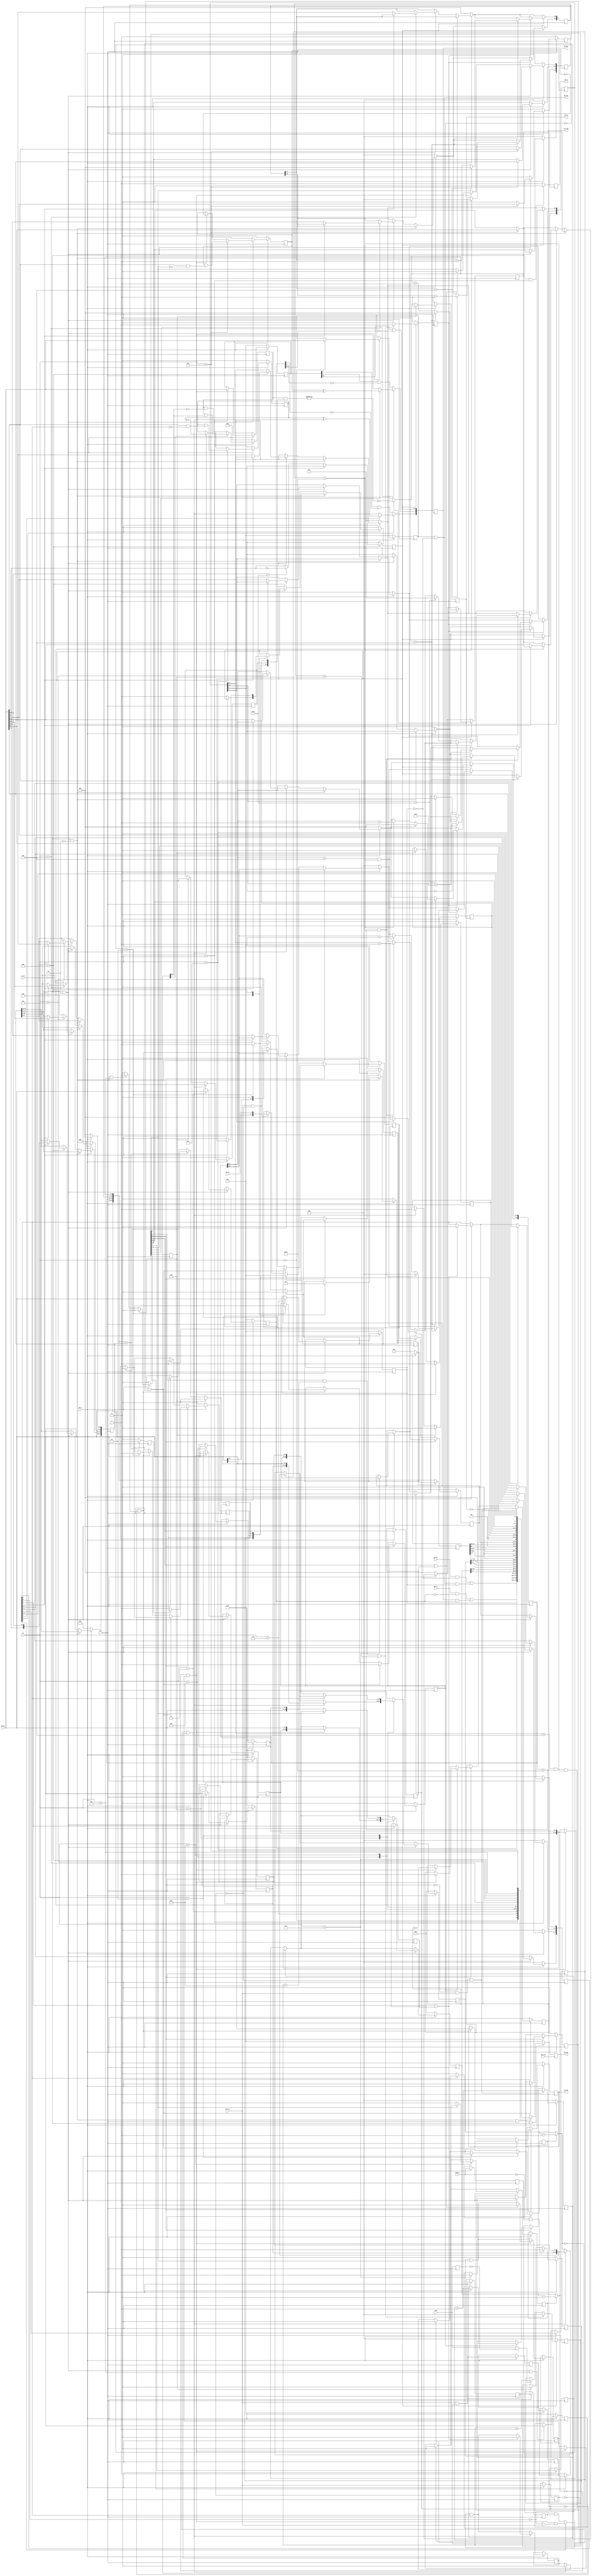

// MOS6526
// by Rayne
// Timers & Interrupts are rewritten by slingshot
// Passes all Lorenz CIA Timer tests
// Passes all CIA tests from VICE, except dd0dtest

module mos6526 (
           input wire dot_clk,
           input  wire       clk,
           input  wire       res_n,
           input  wire       cs_n,
           input  wire       rw,

           input  wire [3:0] rs,
           input  wire [7:0] db_in,
           output reg [7:0] db_out,

           input  wire [7:0] pa_in,
           output [7:0] pa_out,
           input  wire [7:0] pb_in,
           output reg  [7:0] pb_out,

           input  wire       flag_n,
           output reg        pc_n,

           input  wire       tod,

           input  wire       sp_in,
           output reg        sp_out,

           input  wire       cnt_in,
           output reg        cnt_out,

           output reg        irq_n
       );

// Internal Registers
reg [7:0] imr_reg;

reg [7:0] pra;
reg [7:0] prb;
reg [7:0] ddra;
reg [7:0] ddrb;

reg [7:0] ta_lo;
reg [7:0] ta_hi;
reg [7:0] tb_lo;
reg [7:0] tb_hi;

reg [3:0] tod_10ths;
reg [6:0] tod_sec;
reg [6:0] tod_min;
reg [5:0] tod_hr;

reg [7:0] sdr;
reg [4:0] imr;
reg [4:0] icr;
reg timer_b_int; // for Timer B bug
reg [7:0] cra;
reg [7:0] crb;

// Internal Signals
reg        flag_n_prev;

reg [15:0] timer_a;
reg [15:0] timer_b;

reg        tod_prev;
reg        tod_run;
reg [ 2:0] tod_count;
reg        tod_tick;
reg [23:0] tod_alarm;
reg        tod_alarm_reg;
reg [23:0] tod_latch;
reg        tod_latched;

reg        sp_pending;
reg        sp_received;
reg        sp_transmit;
reg [ 7:0] sp_shiftreg;

reg        cnt_in_prev;
reg        cnt_out_prev;
reg [ 2:0] cnt_pulsecnt;

reg        int_reset;
reg countA0, countA1, countA2, countA3, loadA1, oneShotA0;
reg timerAff;
reg countB0, countB1, countB2, countB3, loadB1, oneShotB0;
reg timerBff;

wire timerAin = cra[5] ? countA1 : 1'b1;
wire [15:0] newTimerAVal = countA3 ? (timer_a - 1'b1) : timer_a;
wire timerAoverflow = !newTimerAVal & countA2;
wire timerBin = crb[6] ? timerAoverflow & (~crb[5] | cnt_in) : (~crb[5] | countB1);
wire [15:0] newTimerBVal = countB3 ? (timer_b - 1'b1) : timer_b;
wire timerBoverflow = !newTimerBVal & countB2;


wire       rd =  !cs_n & !rw;
wire       wr =  !cs_n & rw;


// Register Decoding
always @(posedge dot_clk) begin
    if (rd && clk && ! cs_n)
    case (rs)
        4'h0: db_out <= (pa_in & ~ddra) | (pa_out & ddra);
        4'h1: db_out <= (pb_in & ~ddrb) | (pb_out & ddrb);
        4'h2: db_out <= ddra;
        4'h3: db_out <= ddrb;
        4'h4: db_out <= timer_a[ 7:0];
        4'h5: db_out <= timer_a[15:8];
        4'h6: db_out <= timer_b[ 7:0];
        4'h7: db_out <= timer_b[15:8];
        4'h8: db_out <= {4'h0, tod_latch[3:0]};
        4'h9: db_out <= {1'b0, tod_latch[10:4]};
        4'ha: db_out <= {1'b0, tod_latch[17:11]};
        4'hb: db_out <= {tod_latch[23], 2'h0, tod_latch[22:18]};
        4'hc: db_out <= sdr;
        4'hd: db_out <= {~irq_n, 2'b00, icr};
        4'he: db_out <= {cra[7:5], 1'b0, cra[3:0]};
        4'hf: db_out <= {crb[7:5], 1'b0, crb[3:0]};

    endcase else
        db_out <=0;
end
assign  pa_out = pra | ~ddra;
// Port A Output
always @(posedge clk) begin
    if (!res_n) begin
        pra  <= 8'h00;
        ddra <= 8'h00;
    end
    else if (wr)
    case (rs)
        4'h0: pra  <= db_in;
        4'h2: ddra <= db_in;
        default: ;
    endcase
end

// Port B Output
always @(posedge clk) begin
    if (!res_n) begin
        prb  <= 8'h00;
        ddrb <= 8'h00;
    end
    else if (wr)
    case (rs)
        4'h1: prb  <= db_in;
        4'h3: ddrb <= db_in;
        default: ;
    endcase

    pb_out[7]   <= crb[1] ? (crb[2] ? timerBff ^ timerBoverflow : timerBoverflow) : prb[7] | ~ddrb[7];
    pb_out[6]   <= cra[1] ? (cra[2] ? timerAff ^ timerAoverflow : timerAoverflow) : prb[6] | ~ddrb[6];
    pb_out[5:0] <= prb[5:0] | ~ddrb[5:0];

end

// FLAG Input
always @(posedge clk) begin
    if (!res_n) icr[4] <= 1'b0;
    else begin

        if (int_reset) icr[4] <= 1'b0;
        flag_n_prev <= flag_n;
        if (!flag_n && flag_n_prev) icr[4] <= 1'b1;

    end
end

// Port Control Output
always @(posedge clk) begin
    if (!cs_n && rs == 4'h1) pc_n <= 1'b0;
    else pc_n <= 1'b1;
end

// Timer A

always @(posedge clk) begin

    if (!res_n) begin
        ta_lo          <= 8'hff;
        ta_hi          <= 8'hff;
        cra            <= 8'h00;
        timer_a        <= 16'h0000;
        timerAff       <= 1'b0;
        icr[0]         <= 1'b0;
    end
    else begin
        begin
            if (int_reset) icr[0] <= 0;
            countA0 <= cnt_in && ~cnt_in_prev;
            countA1 <= countA0;
            countA2 <= timerAin & cra[0];
            countA3 <= countA2;
            loadA1 <= cra[4];
            cra[4] <= 0;
            oneShotA0 <= cra[3];
            timer_a <= newTimerAVal;
            if (timerAoverflow) begin
                timerAff <= ~timerAff;
                icr[0] <= 1;
                timer_a <= {ta_hi, ta_lo};
                countA3 <= 0;
                if (cra[3] | oneShotA0) begin
                    cra[0] <= 0;
                    countA2 <= 0;
                end
            end

            if (loadA1) begin
                timer_a <= {ta_hi, ta_lo};
                countA3 <= 0;
            end
        end

        if (wr)
        case (rs)
            4'h4:
            begin
                ta_lo <= db_in;
                if (timerAoverflow) timer_a <= {ta_hi, db_in};
            end
            4'h5:
            begin
                ta_hi <= db_in;
                if (~cra[0]) begin
                    timer_a <= {db_in, ta_lo};
                    countA3 <= 0;
                end
            end
            4'he:
            begin
                cra   <= db_in;
                timerAff <= timerAff | (db_in[0] & ~cra[0]);
            end
            default: ;
        endcase;
    end
end

// Timer B
always @(posedge clk) begin

    if (!res_n) begin
        tb_lo          <= 8'hff;
        tb_hi          <= 8'hff;
        crb            <= 8'h00;
        timer_b        <= 16'h0000;
        timerBff       <= 1'b0;
        icr[1]         <= 1'b0;
        timer_b_int    <= 0;
    end
    else begin
        begin
            if (int_reset) begin
                icr[1] <= 0;
                timer_b_int <= 0;
            end
            countB0 <= cnt_in && ~cnt_in_prev;
            countB1 <= countB0;
            countB2 <= timerBin & crb[0];
            countB3 <= countB2;
            loadB1 <= crb[4];
            crb[4] <= 0;
            oneShotB0 <= crb[3];
            timer_b <= newTimerBVal;
            if (timerBoverflow) begin
                timerBff <= ~timerBff;
                icr[1] <= 1;
                timer_b_int <= 1;
                timer_b <= {tb_hi, tb_lo};
                countB3 <= 0;
                if (crb[3] | oneShotB0) begin
                    crb[0] <= 0;
                    countB2 <= 0;
                end
            end
            // Timer B bug - INT fired, but ICR not set
            if (int_reset) icr[1] <= 0;

            if (loadB1) begin
                timer_b <= {tb_hi, tb_lo};
                countB3 <= 0;
            end
        end

        if (wr)
        case (rs)
            4'h6:
            begin
                tb_lo <= db_in;
                if (timerBoverflow) timer_b <= {tb_hi, db_in};
            end
            4'h7:
            begin
                tb_hi <= db_in;
                if (~crb[0]) begin
                    timer_b <= {db_in, tb_lo};
                    countB3 <= 0;
                end
            end
            4'hf:
            begin
                crb   <= db_in;
                timerBff <= timerBff | (db_in[0] & ~crb[0]);
            end
            default: ;
        endcase;
    end
end

// Time of Day
always @(posedge clk) begin
    if (!res_n) begin
        tod_10ths   <= 4'h0;
        tod_sec     <= 7'h00;
        tod_min     <= 7'h00;
        tod_hr      <= 6'h01;
        tod_run     <= 1'b0;
        tod_alarm   <= 24'h000000;
        tod_latch   <= 24'h000000;
        tod_latched <= 1'b0;
        icr[2] <= 1'b0;
    end
    else if (rd)
    case (rs)
        4'h8: tod_latched <= 1'b0;
        4'hb: tod_latched <= 1'b1;
        default: ;
    endcase
    else if (wr)
    case (rs)
        4'h8: if (crb[7]) tod_alarm[3:0] <= db_in[3:0];
            else begin
                tod_run   <= 1'b1;
                tod_10ths <= db_in[3:0];
            end
        4'h9: if (crb[7]) tod_alarm[10:4] <= db_in[6:0];
            else tod_sec <= db_in[6:0];
        4'ha: if (crb[7]) tod_alarm[17:11] <= db_in[6:0];
            else tod_min <= db_in[6:0];
        4'hb: if (crb[7]) tod_alarm[23:18] <= {db_in[7], db_in[4:0]};
            else begin
                tod_run <= 1'b0;
                if (db_in[4:0] == 5'h12) tod_hr <= {~db_in[7], db_in[4:0]};
                else tod_hr <= {db_in[7], db_in[4:0]};
            end
        default: ;
    endcase
    tod_prev <= tod;
    tod_tick <= 1'b0;
    if (tod_run) begin
        tod_count <= (tod && !tod_prev) ? tod_count + 1'b1 : tod_count;
        if ((cra[7] && tod_count == 3'h5) || tod_count == 3'h6) begin
            tod_tick  <= 1'b1;
            tod_count <= 3'h0;
        end
        if (tod_tick) begin
            tod_10ths <= (tod_10ths == 4'h9) ? 1'b0 : tod_10ths + 1'b1;
            if (tod_10ths == 4'h9) begin
                tod_sec[3:0] <= tod_sec[3:0] + 1'b1;
                if (tod_sec[3:0] == 4'h9) begin
                    tod_sec[3:0] <= 4'h0;
                    tod_sec[6:4] <= tod_sec[6:4] + 1'b1;
                end
                if (tod_sec == 7'h59) begin
                    tod_sec[6:4] <= 3'h0;
                    tod_min[3:0] <= tod_min[3:0] + 1'b1;
                end
                if (tod_min[3:0] == 4'h9 && tod_sec == 7'h59) begin
                    tod_min[3:0] <= 4'h0;
                    tod_min[6:4] <= tod_min[6:4] + 1'b1;
                end
                if (tod_min == 7'h59 && tod_sec == 7'h59) begin
                    tod_min[6:4] <= 3'h0;
                    tod_hr[3:0]  <= tod_hr[3:0] + 1'b1;
                end
                if (tod_hr[3:0] == 4'h9 && tod_min == 7'h59 && tod_sec == 7'h59) begin
                    tod_hr[4]   <= 1'b1;
                    tod_hr[3:0] <= tod_hr[4] ? tod_hr[3:0] + 1'b1 : 4'h0;
                end
                if (tod_min == 7'h59 && tod_sec == 7'h59)
                    if (tod_hr[4:0] == 5'h11) tod_hr[5] <= ~tod_hr[5];
                    else if (tod_hr[4:0] == 5'h12) tod_hr[4:0] <= 5'h01;
            end
        end
    end
    else tod_count <= 3'h0;

    if (!tod_latched) tod_latch <= {tod_hr, tod_min, tod_sec, tod_10ths};
    if ({tod_hr, tod_min, tod_sec, tod_10ths} == tod_alarm) begin
        tod_alarm_reg <= 1'b1;
        icr[2]   <= !tod_alarm_reg ? 1'b1 : icr[2];
    end
    else tod_alarm_reg <= 1'b0;
    if (int_reset) icr[2] <= 1'b0;
end

// Serial Port Input/Output
always @(posedge clk) begin
    if (!res_n) begin
        sdr         <= 8'h00;
        sp_out      <= 1'b0;
        sp_pending  <= 1'b0;
        sp_received <= 1'b0;
        sp_transmit <= 1'b0;
        sp_shiftreg <= 8'h00;
        icr[3]      <= 1'b0;
    end
    else begin
        if (wr)
        case (rs)
            4'hc:
            begin
                sdr <= db_in;
                sp_pending <= 1;
            end
        default:
            ;
        endcase


        if (int_reset) icr[3] <= 1'b0;

        if (!cra[6]) begin // input
            if (sp_received) begin
                sdr         <= sp_shiftreg;
                icr[3]      <= 1'b1;
                sp_received <= 1'b0;
                sp_shiftreg <= 8'h00;
            end
            else if (cnt_in && !cnt_in_prev) begin
                sp_shiftreg <= {sp_shiftreg[6:0], sp_in};
                sp_received <= (cnt_pulsecnt == 3'h7) ? 1'b1 : sp_received;
            end
        end
        else if (cra[6]) begin // output
            if (sp_pending && !sp_transmit) begin
                sp_pending  <= 1'b0;
                sp_transmit <= 1'b1;
                sp_shiftreg <= sdr;
            end
            else if (!cnt_out && cnt_out_prev) begin
                if (cnt_pulsecnt == 3'h7) begin
                    icr[3]      <= 1'b1;
                    sp_transmit <= 1'b0;
                end
                sp_out      <= sp_shiftreg[7];
                sp_shiftreg <= {sp_shiftreg[6:0], 1'b0};
            end
        end

    end
end

// CNT Input/Output
always @(posedge clk) begin
    if (!res_n) begin
        cnt_out      <= 1'b1;
        cnt_out_prev <= 1'b1;
        cnt_pulsecnt <= 3'h0;
    end
    else  begin
        cnt_in_prev  <= cnt_in;
        cnt_out_prev <= cnt_out;

        if (!cra[6] && cnt_in && !cnt_in_prev) cnt_pulsecnt <= cnt_pulsecnt + 1'b1;
        else if (cra[6]) begin
            if (sp_transmit) begin
                cnt_out <= timerAoverflow ? ~cnt_out : cnt_out;
                if (!cnt_out && cnt_out_prev) cnt_pulsecnt <= cnt_pulsecnt + 1'b1;
            end
            else cnt_out <= timerAoverflow ? 1'b1 : cnt_out;
        end
    end
end

wire [4:0] icr_adj = {icr[4:2], timer_b_int, icr[0]};

// Interrupt Control
always @(posedge clk) begin

    if (!res_n) begin
        imr       <= 5'h00;
        imr_reg   <= 0;
        irq_n     <= 1'b1;
        int_reset <= 0;
    end
    else begin
        if (wr && rs == 4'hd) imr_reg <= db_in;
        if (rd && rs == 4'hd) int_reset <= 1;

        imr <= imr_reg[7] ? imr | imr_reg[4:0] : imr & ~imr_reg[4:0];
        irq_n <= irq_n ? ~|(imr & icr_adj) : irq_n;
        if (int_reset) begin
            irq_n <= 1;
            int_reset <= 0;
        end
    end
end

endmodule